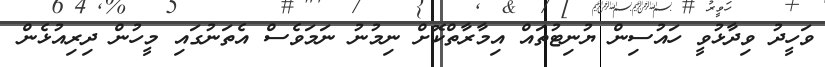
ވަހީދު ވިދާޅުވީ ހައުސިން ޔުނިޓުތައް އިމާރާތްކޮށް ނިމުނު ނަމަވެސް އެތަނުގައި މީހުން ދިރިއުޅެން